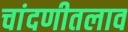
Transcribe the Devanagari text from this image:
चांदणीतलाव